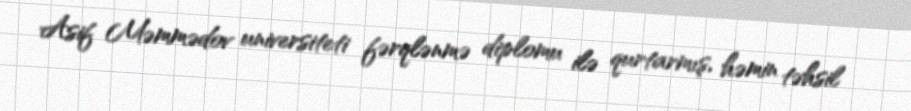
Asif Məmmədov universiteti fərqlənmə diplomu ilə qurtarmış, həmin təhsil